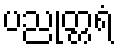
ပညုတ္တရံ